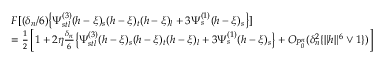
\begin{array} { r l } & { F [ ( \delta _ { n } / 6 ) \big \lbrace \Psi _ { s t l } ^ { ( 3 ) } ( h - \xi ) _ { s } ( h - \xi ) _ { t } ( h - \xi ) _ { l } + 3 \Psi _ { s } ^ { ( 1 ) } ( h - \xi ) _ { s } \big \rbrace ] } \\ & { = \frac { 1 } { 2 } \left[ 1 + 2 \eta \frac { \delta _ { n } } { 6 } \big \lbrace \Psi _ { s t l } ^ { ( 3 ) } ( h - \xi ) _ { s } ( h - \xi ) _ { t } ( h - \xi ) _ { l } + 3 \Psi _ { s } ^ { ( 1 ) } ( h - \xi ) _ { s } \big \rbrace + O _ { P _ { 0 } ^ { n } } ( \delta _ { n } ^ { 2 } \{ \| h \| ^ { 6 } \vee 1 \} ) \right] } \end{array}